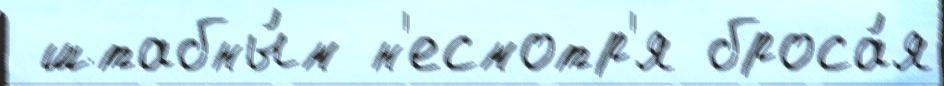
 штабны́м н'есмотр'я броса́я